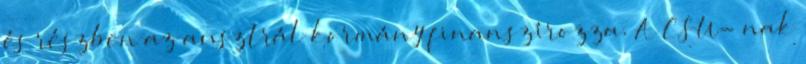
és részben az ausztrál kormány finanszírozza. A CSU- nak